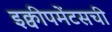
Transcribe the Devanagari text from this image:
इक्वीपमेंटसची